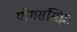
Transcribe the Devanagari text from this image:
योगसंसिद्धः